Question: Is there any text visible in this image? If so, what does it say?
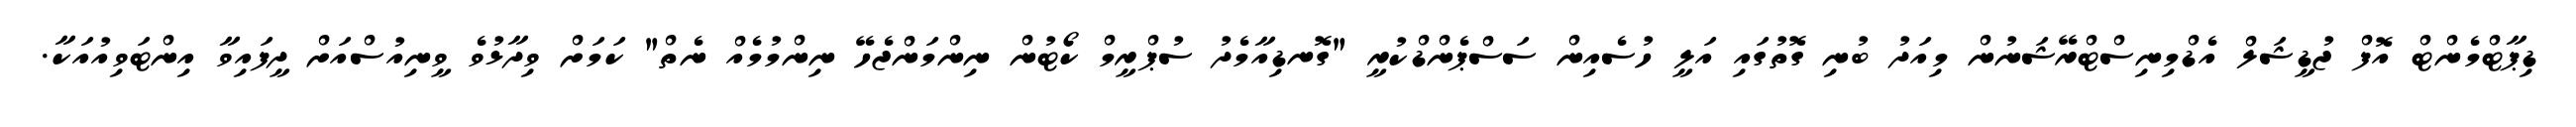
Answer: ޑިޕާޓްމެންޓް އޮފް ޖުޑީޝަލް އެޑްމިނިސްޓްރޭޝަނުން މިއަދު ބުނި ގޮތުގައި އަލީ ހުސެއިން ސަސްޕެންޑްކުރީ "ގޮނޑިއާމެދު ސުޕްރީމް ކޯޓުން ނިންމަންޖެހޭ ނިންމުމެއް ނެތް" ކަމަށް ވިދާޅުވެ ވީނިއުސްއަށް ދީފައިވާ އިންޓަވިއުއަކާ.